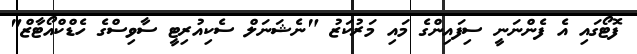
ފޮޓޯގައި އެ ފެންނަނީ ސިފައިންގެ މައި މަރުކަޒު "ނެޝަނަލް ސެކިއުރިޓީ ސާވިސްގެ ހެޑްކްއޯޓާޒް"